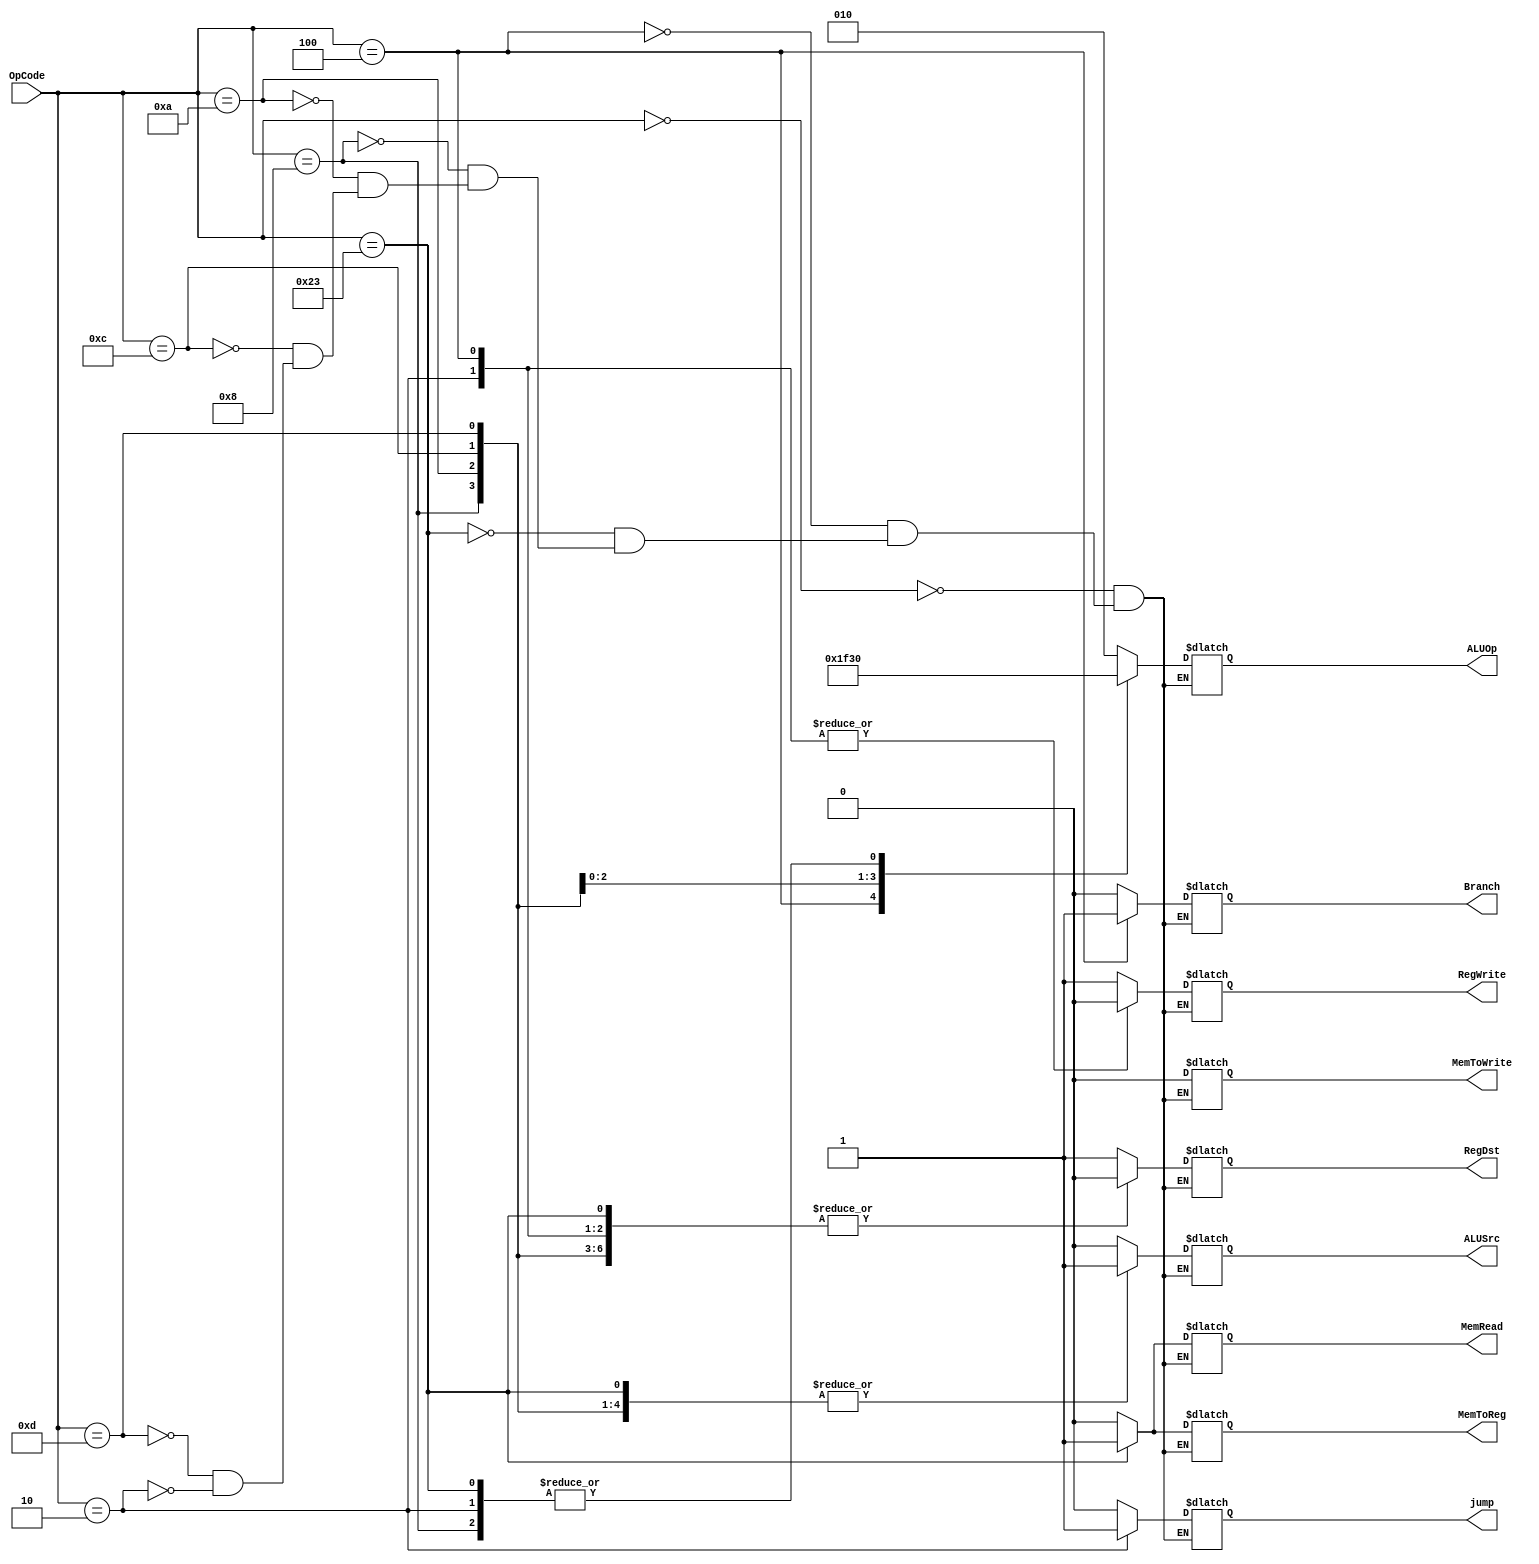
`timescale 1ns/1ns

module UC (
	input [5:0] OpCode,
	output reg RegDst,
	output reg Branch,
	output reg MemRead,
	output reg MemToReg,
	output reg [2:0] ALUOp,
	output reg MemToWrite,
	output reg ALUSrc,
	output reg RegWrite,
	output reg jump
);

initial 
begin
	RegWrite = 1'b0;
end

always @*
begin
	case (OpCode)
		//tipo R
		6'b000000:
		begin	
			RegDst = 1'b1;
			Branch = 1'b0;
			MemRead = 1'b0;
			MemToReg = 1'b0;
			ALUOp = 3'b010;
			MemToWrite = 1'b0;
			ALUSrc = 1'b0;
			RegWrite = 1'b1;
			jump = 1'b0;
		end
		//beq
		6'b000100:
		begin
			RegDst = 1'b0;
			Branch = 1'b1;
			MemRead = 1'b0;
			MemToReg = 1'b0;
			ALUOp = 3'b001;
			MemToWrite = 1'b0;
			ALUSrc = 1'b0;
			RegWrite = 1'b0;
			jump = 1'b0;
		end
		//lw
		6'b100011:
		begin
			RegDst = 1'b0;
			Branch = 1'b0;
			MemRead = 1'b1;
			MemToReg = 1'b1;
			ALUOp = 3'b000;
			MemToWrite = 1'b0;
			ALUSrc = 1'b1;
			RegWrite = 1'b1;
			jump = 1'b0;
		end
		//addi
		6'b001000:
		begin	
			RegDst = 1'b0;
			Branch = 1'b0;
			MemRead = 1'b0;
			MemToReg = 1'b0;
			ALUOp = 3'b000;
			MemToWrite = 1'b0;
			ALUSrc = 1'b1;
			RegWrite = 1'b1;
			jump = 1'b0;
		end
		//slti
		6'b001010:
		begin	
			RegDst = 1'b0;
			Branch = 1'b0;
			MemRead = 1'b0;
			MemToReg = 1'b0;
			ALUOp = 3'b111;
			MemToWrite = 1'b0;
			ALUSrc = 1'b1;
			RegWrite = 1'b1;
			jump = 1'b0;
		end
		//andi
		6'b001100:
		begin	
			RegDst = 1'b0;
			Branch = 1'b0;
			MemRead = 1'b0;
			MemToReg = 1'b0;
			ALUOp = 3'b100;
			MemToWrite = 1'b0;
			ALUSrc = 1'b1;
			RegWrite = 1'b1;
			jump = 1'b0;
		end
		//ori
		6'b001101:
		begin	
			RegDst = 1'b0;
			Branch = 1'b0;
			MemRead = 1'b0;
			MemToReg = 1'b0;
			ALUOp = 3'b110;
			MemToWrite = 1'b0;
			ALUSrc = 1'b1;
			RegWrite = 1'b1;
			jump = 1'b0;
		end
		//jump
		6'b000010:
		begin	
			RegDst = 1'b0;
			Branch = 1'b0;
			MemRead = 1'b0;
			MemToReg = 1'b0;
			ALUOp = 3'b000;
			MemToWrite = 1'b0;
			ALUSrc = 1'b0;
			RegWrite = 1'b0;
			jump = 1'b1;
		end
	endcase
end

endmodule